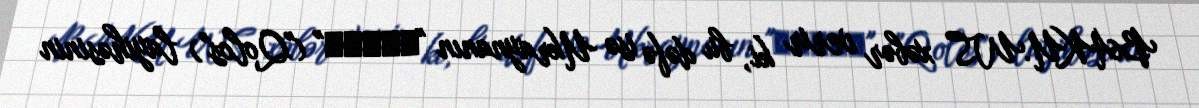
BAKU.WS xəbər verir ki, bu dəfə isə Ukraynanın "Голос" ("Qolos") layihəsinin